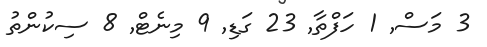
3 މަސް